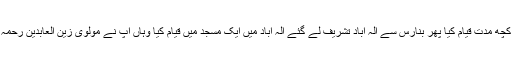
غازی پور سے بنارس کا عزم کیا بنارس میں کچھ مدت قیام کیا پھر بنارس سے الہ آباد تشریف لے گئے الہ آباد میں ایک مسجد میں قیام کیا وہاں آپ نے مولوی زین العابدین رحمہ اللہ سے صرف ونحو کی ابتدائی کتابیں پڑھیں۔